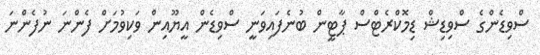
ސްވިޑެންގެ ސްވިޑިޝް ޑިމޮކްރެޓްސް ޕާޓީން ބުނެފައިވަނީ ސްވިޑެން އީޔޫއިން ވަކިވުމަށް ފެންނަ ނުފެންނަ